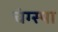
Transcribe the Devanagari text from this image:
चंग्स्पा